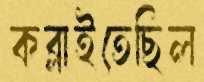
কব্‌লাইতেছিল